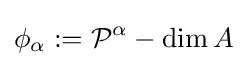
\phi _{\alpha }:={\mathcal {P}}^{\alpha }-\dim A